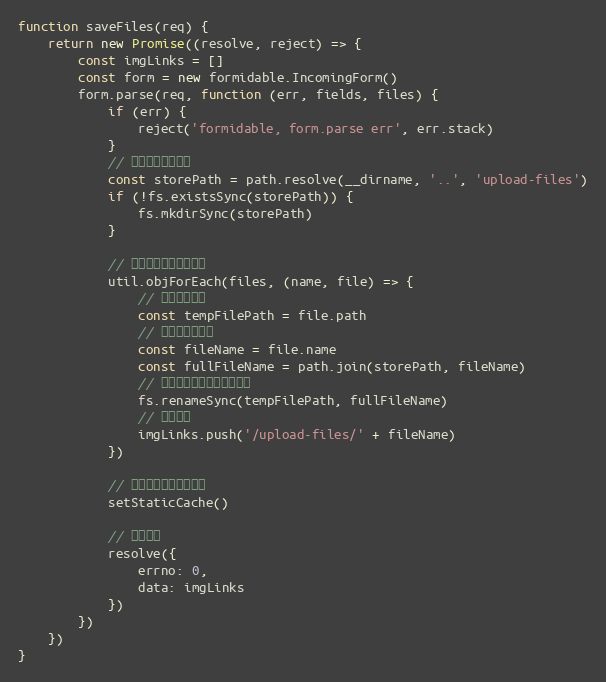
Language: JavaScript
function saveFiles(req) {
    return new Promise((resolve, reject) => {
        const imgLinks = []
        const form = new formidable.IncomingForm()
        form.parse(req, function (err, fields, files) {
            if (err) {
                reject('formidable, form.parse err', err.stack)
            }
            // 存储图片的文件夹
            const storePath = path.resolve(__dirname, '..', 'upload-files')
            if (!fs.existsSync(storePath)) {
                fs.mkdirSync(storePath)
            }

            // 遍历所有上传来的图片
            util.objForEach(files, (name, file) => {
                // 图片临时位置
                const tempFilePath = file.path
                // 图片名称和路径
                const fileName = file.name
                const fullFileName = path.join(storePath, fileName)
                // 将临时文件保存为正式文件
                fs.renameSync(tempFilePath, fullFileName)
                // 存储链接
                imgLinks.push('/upload-files/' + fileName)
            })

            // 重新设置静态文件缓存
            setStaticCache()

            // 返回结果
            resolve({
                errno: 0,
                data: imgLinks
            })
        })
    })
}